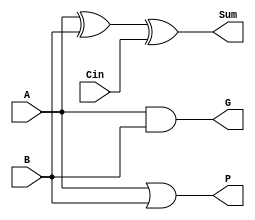
module adder1b(A, B, Cin, P, G, Sum);
	input A, B, Cin;
	output P, G, Sum;

	assign G = A & B;
	assign P = A | B;

	assign Sum = ((A ^ B) ^ Cin);

endmodule